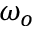
\omega _ { o }